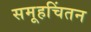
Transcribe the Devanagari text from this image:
समूहचिंतन